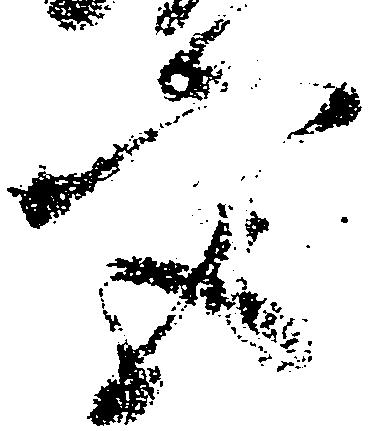
宮